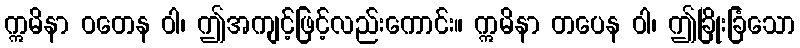
ဣမိနာ ဝတေန ဝါ၊ ဤအကျင့်ဖြင့်လည်းကောင်း။ ဣမိနာ တပေန ဝါ၊ ဤခြိုးခြံသော